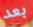
بعد